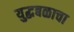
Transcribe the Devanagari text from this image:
युद्धबळाचा